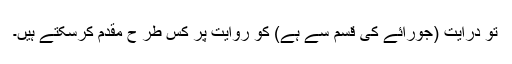
تو درایت (جورائے کی قسم سے ہے) کو روایت پر کس طر ح مقدم کرسکتے ہیں۔